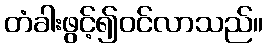
တံခါးဖွင့်၍ဝင်လာသည်။